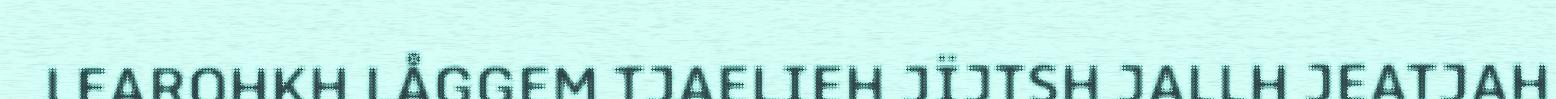
LEAROHKH LÅGGEM TJAELIEH JÏJTSH JALLH JEATJAH